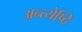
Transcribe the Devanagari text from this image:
अन्त्येष्ठि